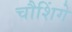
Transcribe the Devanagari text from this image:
चौशिंगे